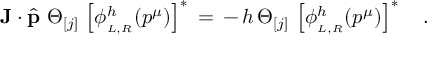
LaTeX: { \bf J } \cdot \widehat { \bf p } \, \, \Theta _ { [ j ] } \, \left[ \phi _ { _ { L , R } } ^ { h } ( { p } ^ { \mu } ) \right] ^ { \ast } \, = \, - \, h \, \Theta _ { [ j ] } \, \left[ \phi _ { _ { L , R } } ^ { h } ( { p } ^ { \mu } ) \right] ^ { \ast } \quad .